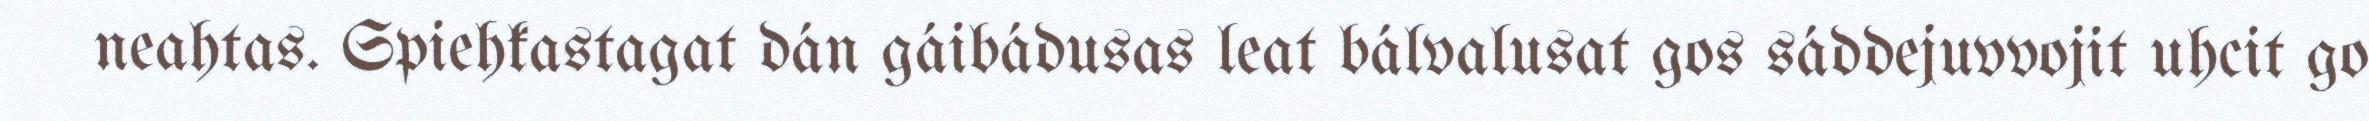
neahtas. Spiehkastagat dán gáibádusas leat bálvalusat gos sáddejuvvojit uhcit go